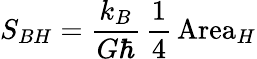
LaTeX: S_{BH}=\frac{k_{B}}{G\hbar}\, \frac{1}{4}\, \mathrm{Area}_{H}